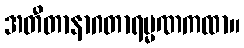
အတီတာနာဂတာရမ္မဏကထာ။